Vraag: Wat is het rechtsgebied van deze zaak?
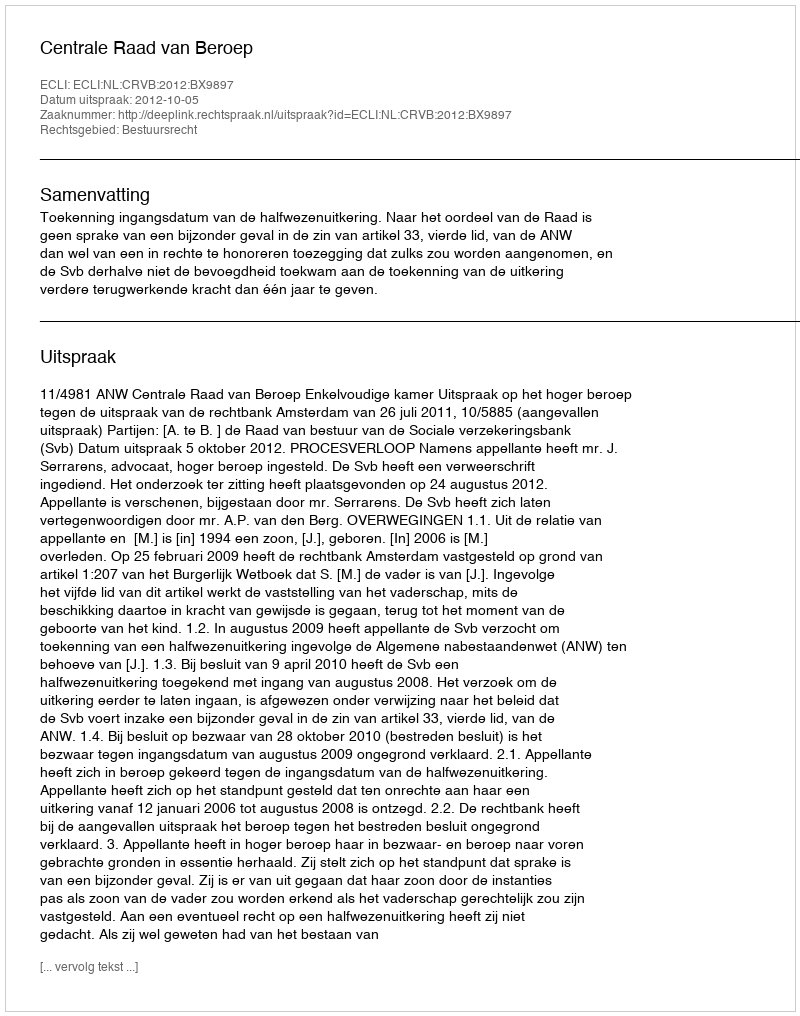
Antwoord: Bestuursrecht